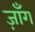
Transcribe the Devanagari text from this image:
ज़ाँग